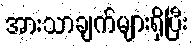
အားသာချက်များရှိပြီး